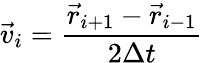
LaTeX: \vec{v}_{i}=\frac{\vec{r}_{i+1}-\vec{r}_{i-1}}{2\Delta t}